Annual report on the working of the mental hospitals in the Madras Presidency - 1912-1932
Year: 1912
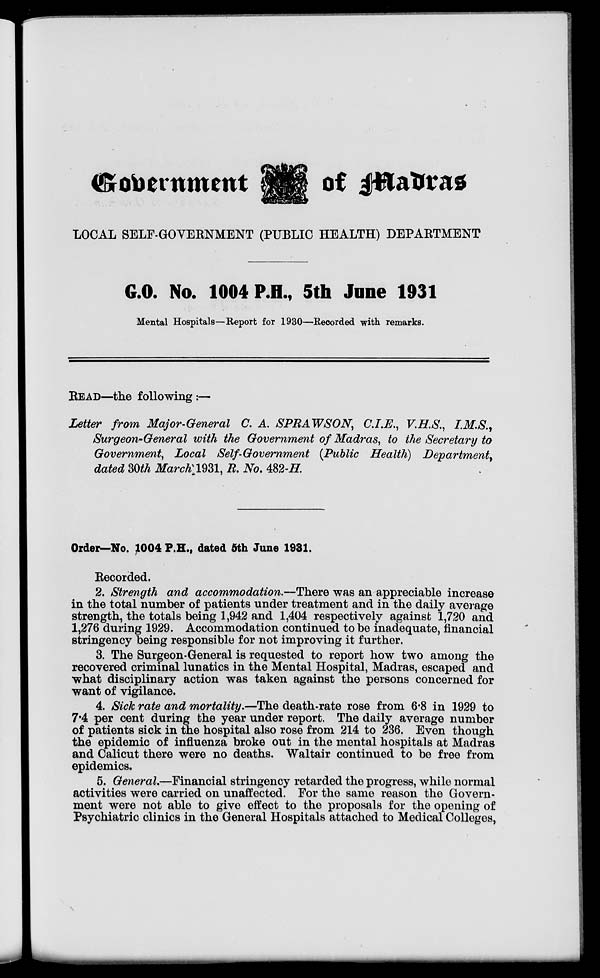
Government
of Madras
LOCAL SELF-GOVERNMENT (PUBLIC HEALTH) DEPARTMENT
G.O. No. 1004 P.H., 5th Jane 1931
Mental Hospitals—Report for 1930—Recorded with remarks.
READ—the following:—
Letter from Major-General C. A. SPRAWSON, C.I.E., V.H.S., I.M.S.,
Surgeon-General with the Government of Madras, to the Secretary to
Government, Local Self-Government (Public Health) Department,
dated 30th March 1931, R. No. 482-H.
Order—No. 1004 P.H., dated 5th June 1931.
Recorded.
2. Strength and accommodation.—There was an appreciable increase
in the total number of patients under treatment and in the daily average
strength, the totals being 1,942 and 1,404 respectively against 1,720 and
1,276 during 1929. Accommodation continued to be inadequate, financial
stringency being responsible for not improving it further.
3. The Surgeon-General is requested to report how two among the
recovered criminal lunatics in the Mental Hospital, Madras, escaped and
what disciplinary action was taken against the persons concerned for
want of vigilance.
4. Sick rate and mortality.—The death-rate rose from 6.8 in 1929 to
7.4 per cent during the year under report. The daily average number
of patients sick in the hospital also rose from 214 to 236. Even though
the epidemic of influenza broke out in the mental hospitals at Madras
and Calicut there were no deaths. Waltair continued to be free from
epidemics.
5. General.—Financial stringency retarded the progress, while normal
activities were carried on unaffected. For the same reason the Govern-
ment were not able to give effect to the proposals for the opening of
Psychiatric clinics in the General Hospitals attached to Medical Colleges,